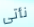
نأتى